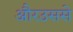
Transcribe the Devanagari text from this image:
औरउससे